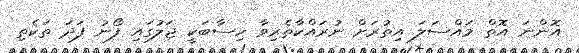
އޮންނަ އޮތް މައްސަލަ އިތުރަށް ނުރައްކާތެރިވާ ހިސާބަކީ ޖަލުގައި ފޯނު ފަދަ ތަކެތި